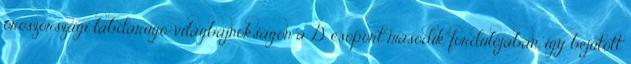
oroszországi labdarúgó-világbajnokságon a D csoport második fordulójában, így bejutott